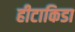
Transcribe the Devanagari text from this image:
हीटाकिडा